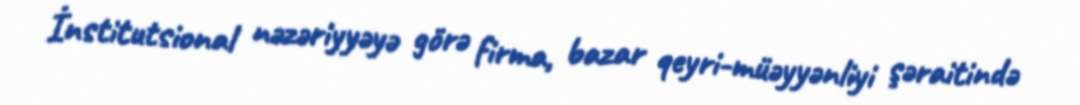
İnstitutsional nəzəriyyəyə görə firma, bazar qeyri-müəyyənliyi şəraitində